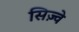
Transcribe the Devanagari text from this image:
सिज़्वे